Distribution and causation of leprosy in British India
Year: 1875
Disease focus: Leprosy
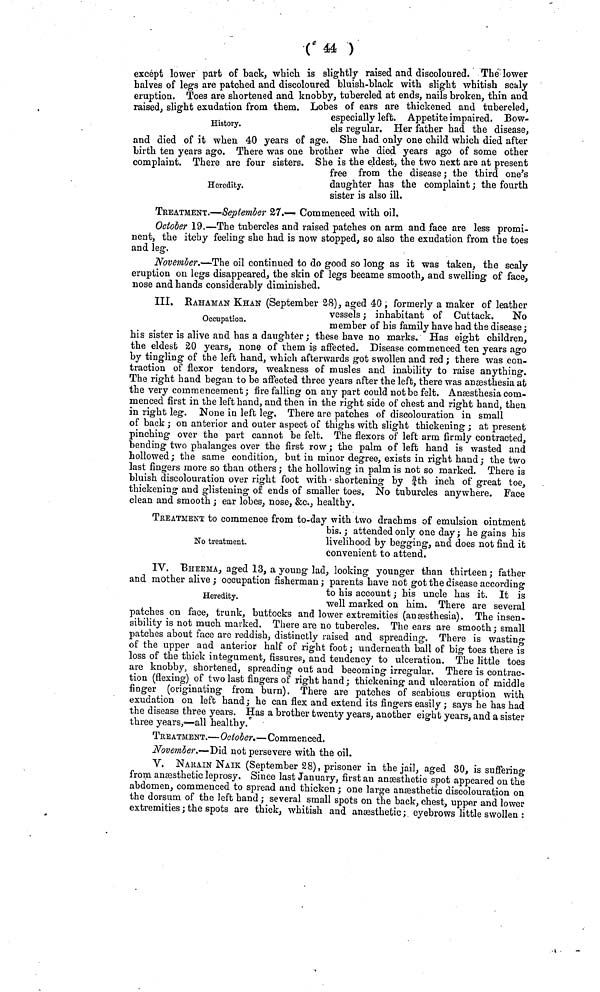
(44 )
History.
except lower part of back, which is slightly raised and discoloured. The lower
halves of legs are patched and discoloured bluish-black with slight whitish scaly
eruption, Toes are shortened and knobby, tubercled at ends, nails broken, thin and
raised, slight exudation from them. Lobes of ears are thickened and tubercled,
especially left. Appetite impaired. Bow-
els regular. Her father had the disease,
Heredity.
and died of it when 40 years of age. She had only one child which died alter
birth ten years ago. There was one brother whe died years ago of some other
complaint. There are four sisters. She is the eldest, the two next are at present
free from the disease ; the third one s
daughter has the complaint ; the fourth
sister is also ill.
TREATMENT.—September 27.— Commenced with oil.
October 19.—The tubercles and raised patches on arm and face are less promi-
nent, the itchy feeling she had is now stopped, so also the exudation from the toes
and leg.
November.—The oil continued to do good so long as it was taken, the scaly
eruption on legs disappeared, the skin of legs became smooth, and swelling of face,
nose and hands considerably diminished.
Occupation.
III. RAHAMAN KHAN (September 28), aged 40 , formerly a maker of leather
vessels ; inhabitant of Cuttack.
No
member of his family have had the disease ;
his sister is alive and has a daughter ; these have no marks. Has eight children,
the eldest 20 years, none of them is affected. Disease commenced ten years ago
by tingling of the left hand, which afterwards got swollen and red ; there was con-
traction of flexor tendors, weakness of musles and inability to raise anything.
The right hand began to be affected three years after the left, there was anæsthesia at
the very commencement; fire falling on any part could not be felt. Anæsthesia com-
menced first in the left hand, and then in the right side of chest and right hand, then
in right leg. None in left leg. There are patches of discolouration in small
of back ; on anterior and outer aspect of thighs with slight thickening ; at present
pinching over the part cannot be felt. The flexors of left arm firmly contracted,
bending two phalanges over the first row; the palm of left hand is wasted and
hollowed; the same condition, but in minor degree, exists in right hand ; the two
last fingers more so than others ; the hollowing in palm is not so marked. There is
bluish discolouration over right foot with shortening by fth inch of great toe,
thickening and glistening of ends of smaller toes. No tubureles anywhere. Face
clean and smooth ; ear lobes, nose, &c., healthy.
No treatment.
TREATMENT to commence from to-day with two drachms of emulsion ointment
bis. ; attended only one day ; he gains his
livelihood by begging, and does not find it
convenient to attend.
Heredity.
IV. BHEEMA, aged 13, a young lad, looking younger than thirteen; father
and mother alive ; occupation fisherman ; parents have not got the disease according
to his account ; his uncle has it. It is
well marked on him. There are several
patches on tace, trunk, buttocks and lower extremities (an æsthesia). The insen-
sibility is not much marked. There are no tubercles. The ears are smooth; small
patches about face are reddish, distinctly raised and spreading. There is wasting
of the upper and anterior half of right foot ; underneath ball of big toes there is
loss of the thick integument, fissures, and tendency to ulceration. The little toes
are knobby, shortened, spreading out and becoming irregular. There is contrac-
tion (flexing) of two last fingers of right hand; thickening and ulceration of middle
finger (originating from burn). There are patches of scabious eruption with
exudation on left hand; he can flex and extend its fingers easily ; says he has had
the disease three years. Has a brother twenty years, another eight years, and a sister
three years,—all healthy.
TREATMENT.—October.—Commenced.
November.·— Did not persevere with the oil.
V. NARAIN NAIK (September 28), prisoner in the jail, aged 30, is suffering
from anæsthetic leprosy. Since last January, first an anæsthetic spot appeared on the
abdomen, commenced to spread and thicken ; one large anæsthetic discolouration on
the dorsum of the left hand ; several small spots on the back, chest, upper and lower
extremities ; the spots are thick, whitish and anæsthetic ; eyebrows little swollen :